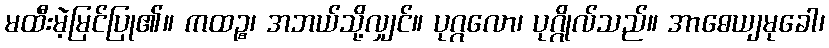
မထီးမဲ့မြင်ပြု၏။ ကထဉ္စ၊ အဘယ်သို့လျှင်။ ပုဂ္ဂလော၊ ပုဂ္ဂိုလ်သည်။ အာဓေယျမုခေါ၊